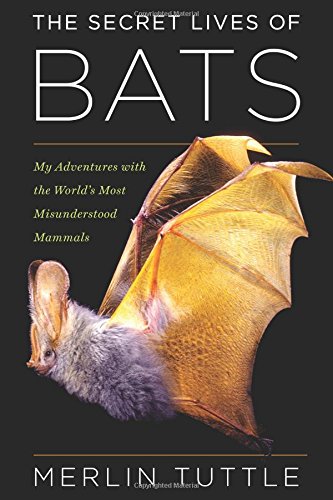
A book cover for The Secret Lives of Bats: My Adventures with the World's Most Misunderstood Mammals; Merlin Tuttle; Science & Math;